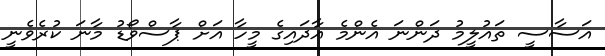
އަސާސީ ތައުލީމު ދަންނަ އެންމެ އާދައިގެ މީހާ އަށް ޕާސްވޯޑު މާނަ ކުރެވެނީ